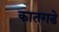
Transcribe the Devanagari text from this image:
कातगडे